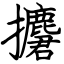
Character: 𢹲